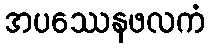
အပဿေနဖလကံ